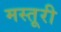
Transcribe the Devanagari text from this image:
मस्तूरी